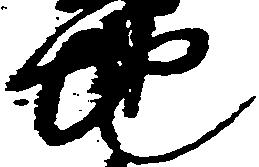
地